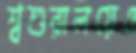
শ্বশুরালয়েও